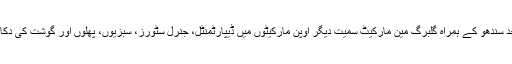
تفصیلات کے مطابق چیئرمین پی سی سی میان عثمان نے پرائس کنٹرول مجسٹریٹ انور ساجد سندھو کے ہمراہ گلبرگ مین مارکیٹ سمیت دیگر اوپن مارکیٹوں میں ڈیپارٹمنٹل، جنرل سٹورز، سبزیوں، پھلوں اور گوشت کی دکانوں کا تفصیلی دورہ کر کے سرکاری ریٹ لسٹ کے مطابق فروخت اور معیار کا جائزہ لیا ۔